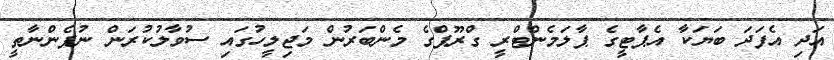
އަދި އެފަދަ ބަޔަކާ އެޕާޓީގެ ޕާލަމެންޓްރީ ގްރޫޕްގެ މެންބަރުން މަޖިލީހުގައި ސުވާލުކުރަން ނުފެންނާތީ